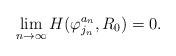
LaTeX: \begin{align*} \lim_{n\to\infty}H(\varphi_{j_n}^{a_n},R_0)=0. \end{align*}